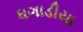
ધગાડીયા